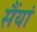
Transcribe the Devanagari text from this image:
सैंयां